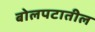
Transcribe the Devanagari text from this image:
बोलपटातील